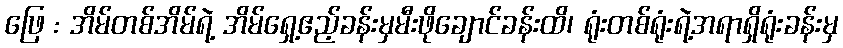
ဖြေ : အိမ်တစ်အိမ်ရဲ့ အိမ်ရှေ့ဧည့်ခန်းမှမီးဖိုချောင်ခန်းထိ၊ ရုံးတစ်ရုံးရဲ့အရာရှိရုံးခန်းမှ